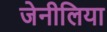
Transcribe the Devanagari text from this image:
जेनीलिया